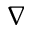
\nabla